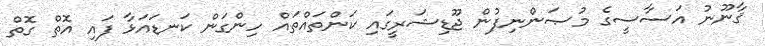
ޤާނޫނު އަސާސީގެ މުޞަންނިފުން ޖޫޑިޝަރީގައި ކަންތައްތައް ހިންގަން ކަނޑައަޅާ ފައި އޮތް ގޮތް